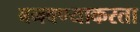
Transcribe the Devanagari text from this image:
बनवण्याकरता